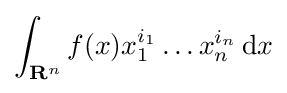
\int _{\mathbf {R} ^{n}}f(x)x_{1}^{i_{1}}\ldots x_{n}^{i_{n}}\,\mathrm {d} x